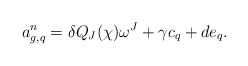
\begin{align*}a^n_{g,q}=\delta Q_J(\chi)\omega^J +\gamma c_q +de_q.\end{align*}